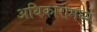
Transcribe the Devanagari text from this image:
अधिकारामध्ये